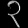
Digit: ၃